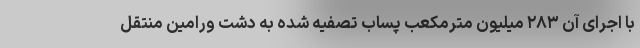
با اجرای آن ۲۸۳ میلیون مترمکعب پساب تصفیه شده به دشت ورامین منتقل